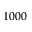
1 0 0 0